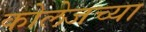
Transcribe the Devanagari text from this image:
कोलेजच्या